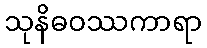
သုနိဓဝဿကာရာ